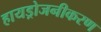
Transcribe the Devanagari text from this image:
हायड्रोजनीकरण